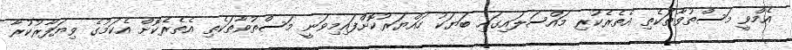
އެމްވީ މަސްތުވާތަކެތި އެތެރެކުރި މައްސަލައިގައި ބަޔަކު ހައްޔަރުކޮށްފައިމިވަނީ މަސްތުވާތަކެތި އެތެރެކޮށް އެކަމުގެ ވިޔަފާރުކުރާ